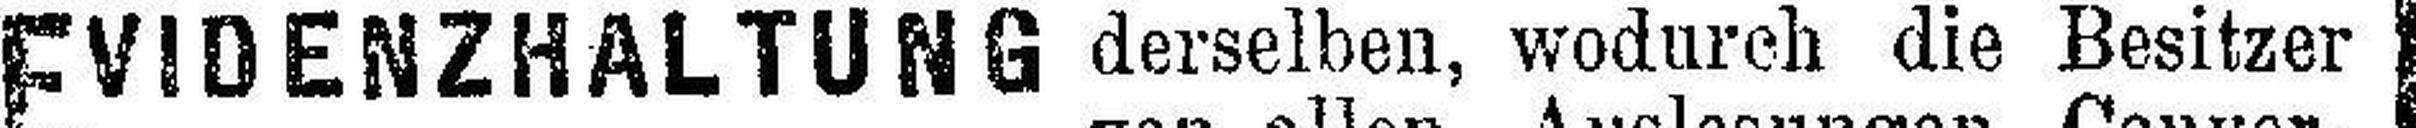
EVIDENZHALTUNG derselben, wodurch die Besitzer